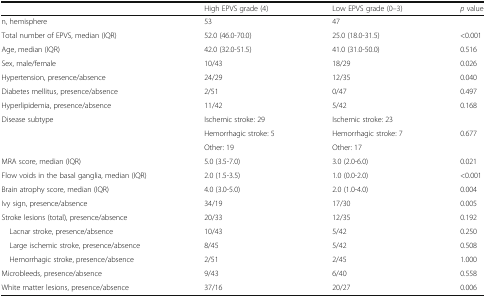
<table><thead><tr><td></td><td><b>High EPVS grade (4)</b></td><td><b>Low EPVS grade (0–3)</b></td><td><b><i>p</i> value</b></td></tr></thead><tbody><tr><td>n, hemisphere</td><td>53</td><td>47</td><td></td></tr><tr><td>Total number of EPVS, median (IQR)</td><td>52.0 (46.0-70.0)</td><td>25.0 (18.0-31.5)</td><td>&lt;0.001</td></tr><tr><td>Age, median (IQR)</td><td>42.0 (32.0-51.5)</td><td>41.0 (31.0-50.0)</td><td>0.516</td></tr><tr><td>Sex, male/female</td><td>10/43</td><td>18/29</td><td>0.026</td></tr><tr><td>Hypertension, presence/absence</td><td>24/29</td><td>12/35</td><td>0.040</td></tr><tr><td>Diabetes mellitus, presence/absence</td><td>2/51</td><td>0/47</td><td>0.497</td></tr><tr><td>Hyperlipidemia, presence/absence</td><td>11/42</td><td>5/42</td><td>0.168</td></tr><tr><td rowspan="3">Disease subtype</td><td>Ischemic stroke: 29</td><td>Ischemic stroke: 23</td><td></td></tr><tr><td>Hemorrhagic stroke: 5</td><td>Hemorrhagic stroke: 7</td><td>0.677</td></tr><tr><td>Other: 19</td><td>Other: 17</td><td></td></tr><tr><td>MRA score, median (IQR)</td><td>5.0 (3.5-7.0)</td><td>3.0 (2.0-6.0)</td><td>0.021</td></tr><tr><td>Flow voids in the basal ganglia, median (IQR)</td><td>2.0 (1.5-3.5)</td><td>1.0 (0.0-2.0)</td><td>&lt;0.001</td></tr><tr><td>Brain atrophy score, median (IQR)</td><td>4.0 (3.0-5.0)</td><td>2.0 (1.0-4.0)</td><td>0.004</td></tr><tr><td>Ivy sign, presence/absence</td><td>34/19</td><td>17/30</td><td>0.005</td></tr><tr><td>Stroke lesions (total), presence/absence</td><td>20/33</td><td>12/35</td><td>0.192</td></tr><tr><td> Lacnar stroke, presence/absence</td><td>10/43</td><td>5/42</td><td>0.250</td></tr><tr><td> Large ischemic stroke, presence/absence</td><td>8/45</td><td>5/42</td><td>0.508</td></tr><tr><td> Hemorrhagic stroke, presence/absence</td><td>2/51</td><td>2/45</td><td>1.000</td></tr><tr><td>Microbleeds, presence/absence</td><td>9/43</td><td>6/40</td><td>0.558</td></tr><tr><td>White matter lesions, presence/absence</td><td>37/16</td><td>20/27</td><td>0.006</td></tr></tbody></table>